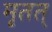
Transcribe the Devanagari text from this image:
मृतत्